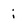
Character: i